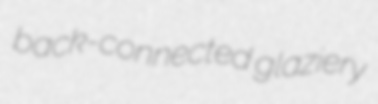
back-connected glaziery